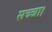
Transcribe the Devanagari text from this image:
सच्चा।